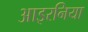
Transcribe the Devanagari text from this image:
आइरनिया